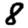
Digit: 8